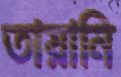
তায়ানি